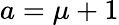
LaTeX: a=\mu+1